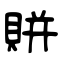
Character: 賆